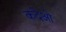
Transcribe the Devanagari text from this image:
कदेओ